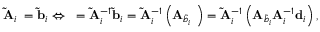
\mathbf { \widetilde { A } } _ { i } { \mathbf \beta } = \mathbf { \widetilde { b } } _ { i } \Leftrightarrow { \mathbf \beta } = \mathbf { \widetilde { A } } _ { i } ^ { - 1 } \mathbf { \widetilde { b } } _ { i } = \mathbf { \widetilde { A } } _ { i } ^ { - 1 } \left( \mathbf { A } _ { \widetilde { b } _ { i } } { \mathbf \alpha } \right) = \mathbf { \widetilde { A } } _ { i } ^ { - 1 } \left( \mathbf { A } _ { \widetilde { b } _ { i } } \mathbf { A } _ { i } ^ { - 1 } \mathbf { d } _ { i } \right) ,